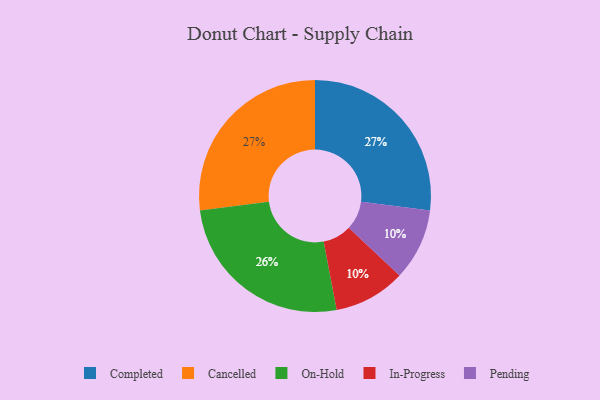
{"axis": {"x": "Category", "y": "Percentage"}, "legend": ["Cancelled", "Completed", "In-Progress", "On-Hold", "Pending"], "data": [{"x": "Completed", "y": 27, "type": "Completed"}, {"x": "In-Progress", "y": 10, "type": "In-Progress"}, {"x": "Cancelled", "y": 27, "type": "Cancelled"}, {"x": "On-Hold", "y": 26, "type": "On-Hold"}, {"x": "Pending", "y": 10, "type": "Pending"}]}